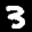
Label: 3